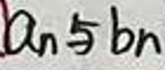
$a_{n}$ 与 $b_{n}$